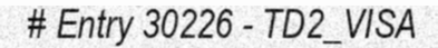
# Entry 30226 - TD2_VISA